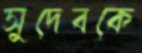
সুদেবকে